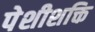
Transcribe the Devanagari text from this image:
पेशीशक्ति